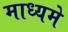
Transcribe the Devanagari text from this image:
माध्‍यमे